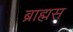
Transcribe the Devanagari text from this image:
ब्राह्मस